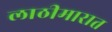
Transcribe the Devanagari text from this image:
लाठीमारात